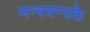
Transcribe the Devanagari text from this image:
मन्त्रयन्त्रके